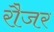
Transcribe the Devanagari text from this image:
रौजर